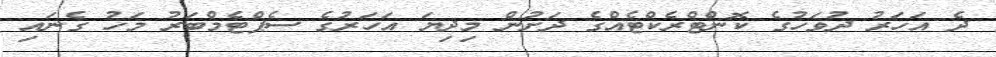
ދެ އަހަރު ދުވަހުގެ ކޮންޓްރެކްޓެއްގެ ދަށުން މިދިޔަ އަހަރުގެ ސެޕްޓެމްބަރު މަހު ގެނައި